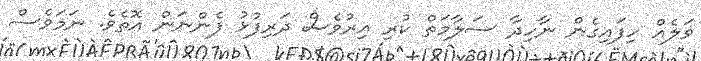
ވަލެއް ހިފައިގެން ނާހިދާ ސަލާމަތް ކުރި އިރުވެސް ދަރިފުޅު ފެންނަން އޮތެވެ. ނަމަވެސް